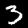
Label: 3